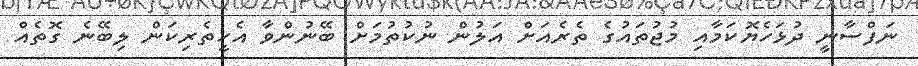
ނަފްސާނީ ދުޅަހެޔޮކަމާއި މުޖުތައުގެ ތެރެއަށް އަލުން ނުކުތުމަށް ބޭނުންވާ އެހީތެރިކަން ލިބޭނެ ގޮތެއް